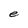
Character: e